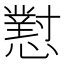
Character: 懟